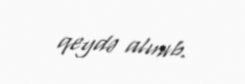
qeydə alınıb.